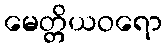
မေတ္တိယဝရော